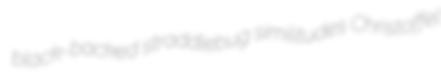
black-backed straddlebug similitudes Christoffel